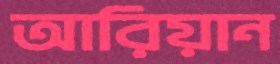
আরিয়ান